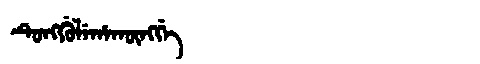
Manchu: ᡨᡠᠩᡤᡠᠯᡝᡥᠠᡴᡡᠩᡤᡝ
Romanization: TUNGGULEHAKŪNGGE